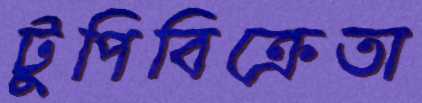
টুপিবিক্রেতা